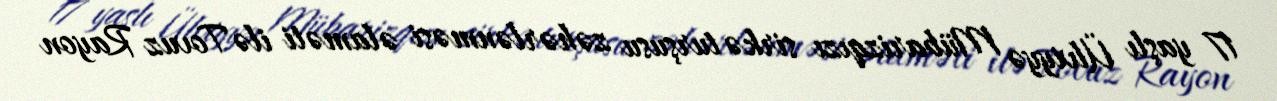
17 yaşlı Ülviyyə Mübarizqızı sirkə turşusu zəhərlənməsi əlaməti ilə Tovuz Rayon